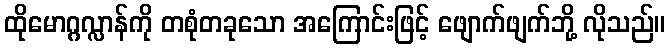
ထိုမောဂ္ဂလ္လာန်ကို တစုံတခုသော အကြောင်းဖြင့် ဖျောက်ဖျက်ဘို့ လိုသည်။